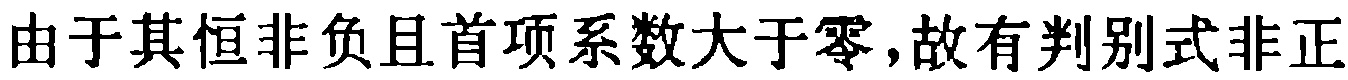
由于其恒非负且首项系数大于零,故有判别式非正